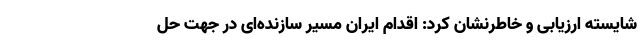
شایسته ارزیابی و خاطرنشان کرد: اقدام ایران مسیر سازنده‌ای در جهت حل